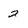
Character: 2